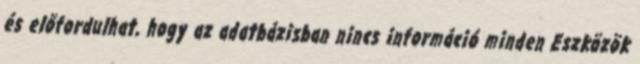
és előfordulhat, hogy az adatbázisban nincs információ minden Eszközök